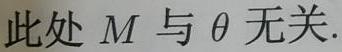
此处 $M$ 与 $\theta$ 无关.